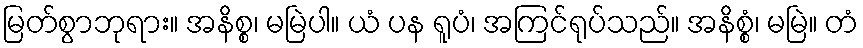
မြတ်စွာဘုရား။ အနိစ္စ၊ မမြဲပါ။ ယံ ပန ရူပံ၊ အကြင်ရုပ်သည်။ အနိစ္စံ၊ မမြဲ။ တံ